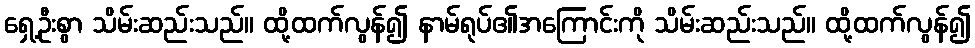
ရှေ့ဦးစွာ သိမ်းဆည်းသည်။ ထို့ထက်လွန်၍ နာမ်ရုပ်၏အကြောင်းကို သိမ်းဆည်းသည်။ ထို့ထက်လွန်၍